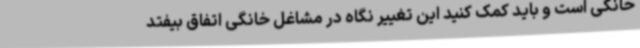
خانگی است و باید کمک کنید این تغییر نگاه در مشاغل خانگی اتفاق بیفتد